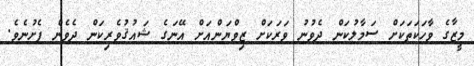
މީޒާގެ ވާހަކަތަކަށް ސަމާލުކަން ދެވުނު ވަރަކަށް ޒިވްޔަންއަށް އޭނަގެ ޝައުޤުވެރިކަން ދެވެން ފެށުުނެވެ.